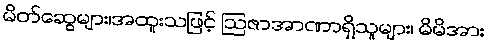
မိတ်ဆွေများ၊အထူးသဖြင့် ဩဇာအာဏာရှိသူများ၊ မိမိအား